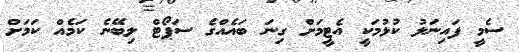
ސެމީ ފައިނަލު ކުޅުމަކީ އެޓީމަށް ގިނަ ބައެއްގެ ސަޕޯޓް ލިބޭނެ ކަމެއް ކަމަށް